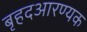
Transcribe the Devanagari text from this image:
बृहदआरण्यक